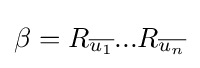
\beta =R_{\overline {u_{1}}}...R_{\overline {u_{n}}}